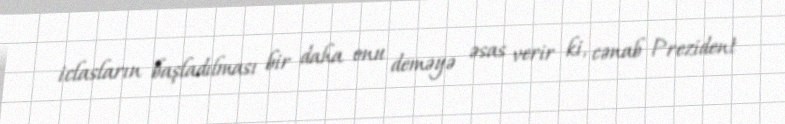
iclasların başladılması bir daha onu deməyə əsas verir ki, cənab Prezident